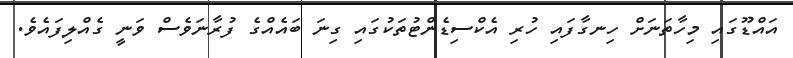
އައްޑޫގައި މިހާތަނަށް ހިނގާފައި ހުރި އެކްސިޑެންޓުތަކުގައި ގިނަ ބައެއްގެ ފުރާނަވެސް ވަނީ ގެއްލިފައެވެ.